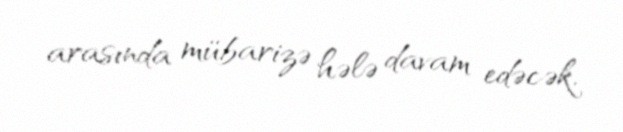
arasında mübarizə hələ davam edəcək.